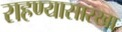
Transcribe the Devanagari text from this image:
राहण्यासारखा